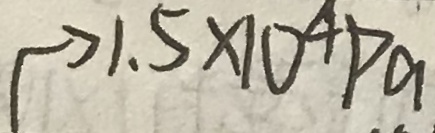
\rightarrow 1 . 5 \times 1 0 ^ { 4 } P a